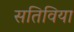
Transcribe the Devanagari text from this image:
सतिविया